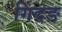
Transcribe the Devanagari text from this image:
गिंदङ